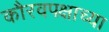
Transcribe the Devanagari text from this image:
कौरवपक्षाच्या